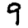
Digit: 9